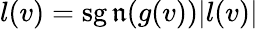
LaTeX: l(v)=\operatorname{sg\mathfrak{n}}(g(v))|l(v)|